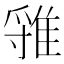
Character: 𨿐